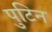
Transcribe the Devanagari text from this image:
पुटिन